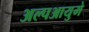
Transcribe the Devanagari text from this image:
अल्पआयुमे